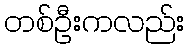
တစ်ဦးကလည်း